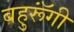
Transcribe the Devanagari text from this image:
बहुरूॅंगी